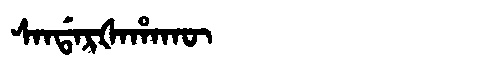
Manchu: ᠰᠠᠨᡩᠠᡵᡧᠠᡥᠠᡴᡡ
Romanization: SANDARŠAHAKŪ